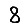
Digit: 8